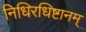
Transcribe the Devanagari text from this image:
निधिरधिष्टानम्